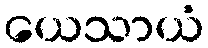
ယေသာယံ